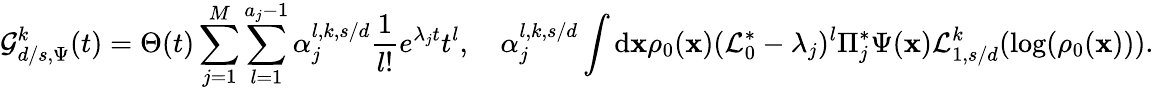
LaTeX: \mathcal{G}_{d/s,\Psi}^{k}(t)=\Theta(t)\sum_{j=1}^{M}\sum_{l=1}^{a_{j}-1}\alpha_{j}^{l,k,s/d}\frac{1}{l!}e^{\lambda_{j}t}t^{l},\quad\alpha_{j}^{l,k,s/d}\int\mathrm{d}\mathbf{x}\rho_{0}(\mathbf{x})(\mathcal{L}_{0}^{\ast}-\lambda_{j})^{l}\Pi_{j}^{\ast}\Psi(\mathbf{x})\mathcal{L}_{1,s/d}^{k}(\log(\rho_{0}(\mathbf{x}))).